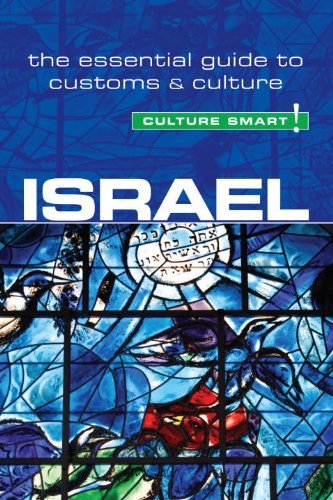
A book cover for Israel - Culture Smart!: The Essential Guide to Customs & Culture; Marian Lebor; Travel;